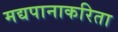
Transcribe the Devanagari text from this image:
मद्यपानाकरिता